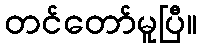
တင်တော်မူပြီ။